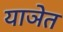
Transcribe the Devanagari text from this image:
याञेत